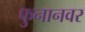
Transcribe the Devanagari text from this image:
फुनानवर